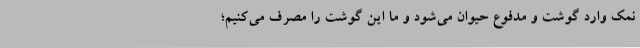
نمک وارد گوشت و مدفوع حیوان می‌شود و ما این گوشت را مصرف می‌کنیم؛